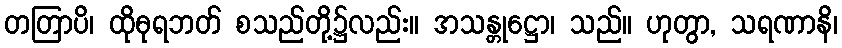
တတြာပိ၊ ထိုဓုရဘတ် စသည်တို့၌လည်း။ အသန္တုဋ္ဌော၊ သည်။ ဟုတွာ, သရဏာနိ၊